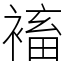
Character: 䙒